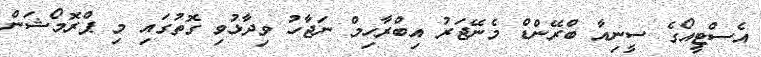
އެސްޓީއޯގެ ސީނިއާ ބްރޭންޑް މެނޭޖަރު އިބްރާހިމް ނަޖާހު ވިދާޅުވި ގޮތުގައި މި ޕްރޮމޯޝަން